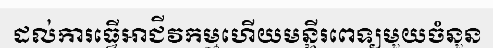
ដល់ការធ្វើអាជីវកម្មហើយមន្ទីរពេទ្យមួយចំនួន